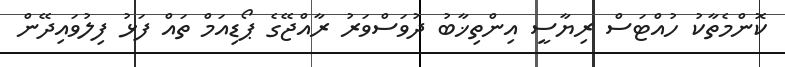
ކޮންމެތާކު ހުއްޓަސް ރިޔާސީ އިންތިޚާބު ދުވަސްވަރު ރާއްޖޭގެ ޕޯޑިއަމް ތައް ފަޅު ފިލުވައިދޭން